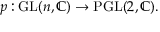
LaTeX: p : { \mathrm { G L } } ( n , \mathbb { C } ) \to { \mathrm { P G L } } ( 2 , \mathbb { C } ) .